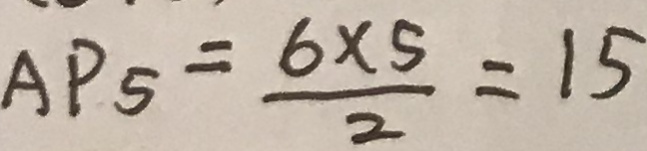
A P _ { 5 } = \frac { 6 \times 5 } { 2 } = 1 5